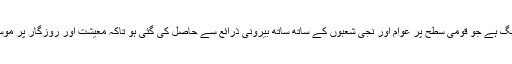
اس سے مراد مقامی، قومی اور بین الاقوامی فنانسنگ ہے جو قومی سطح پر عوام اور نجی شعبوں کے ساتھ ساتھ بیرونی ذرائع سے حاصل کی گئی ہو تاکہ معیشت اور روزگار پر موسمی تغیر کے نقصانات کو محدود تر کیا جاسکے۔